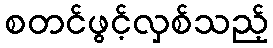
စတင်ဖွင့်လှစ်သည့်